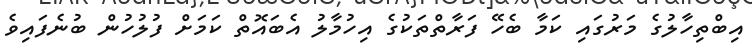
އިބްތިހާލުގެ މަރުގައި ކަމާ ބެހޭ ފަރާތްތަކުގެ އިހުމާލު އެބައޮތް ކަމަށް ފުލުހުން ބުނެފައިވެ